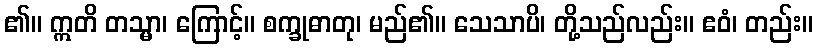
၏။ ဣတိ တသ္မာ၊ ကြောင့်။ စက္ခုဓာတု၊ မည်၏။ သေသာပိ၊ တို့သည်လည်း။ ဧဝံ၊ တည်း။